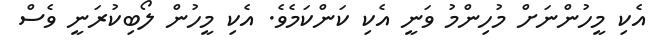
އެކި މީހުންނަށް މުހިންމު ވަނީ އެކި ކަންކަމެވެ. އެކި މީހުން ލޯބިކުރަނީ ވެސް